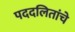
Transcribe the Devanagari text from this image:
पददलितांचे